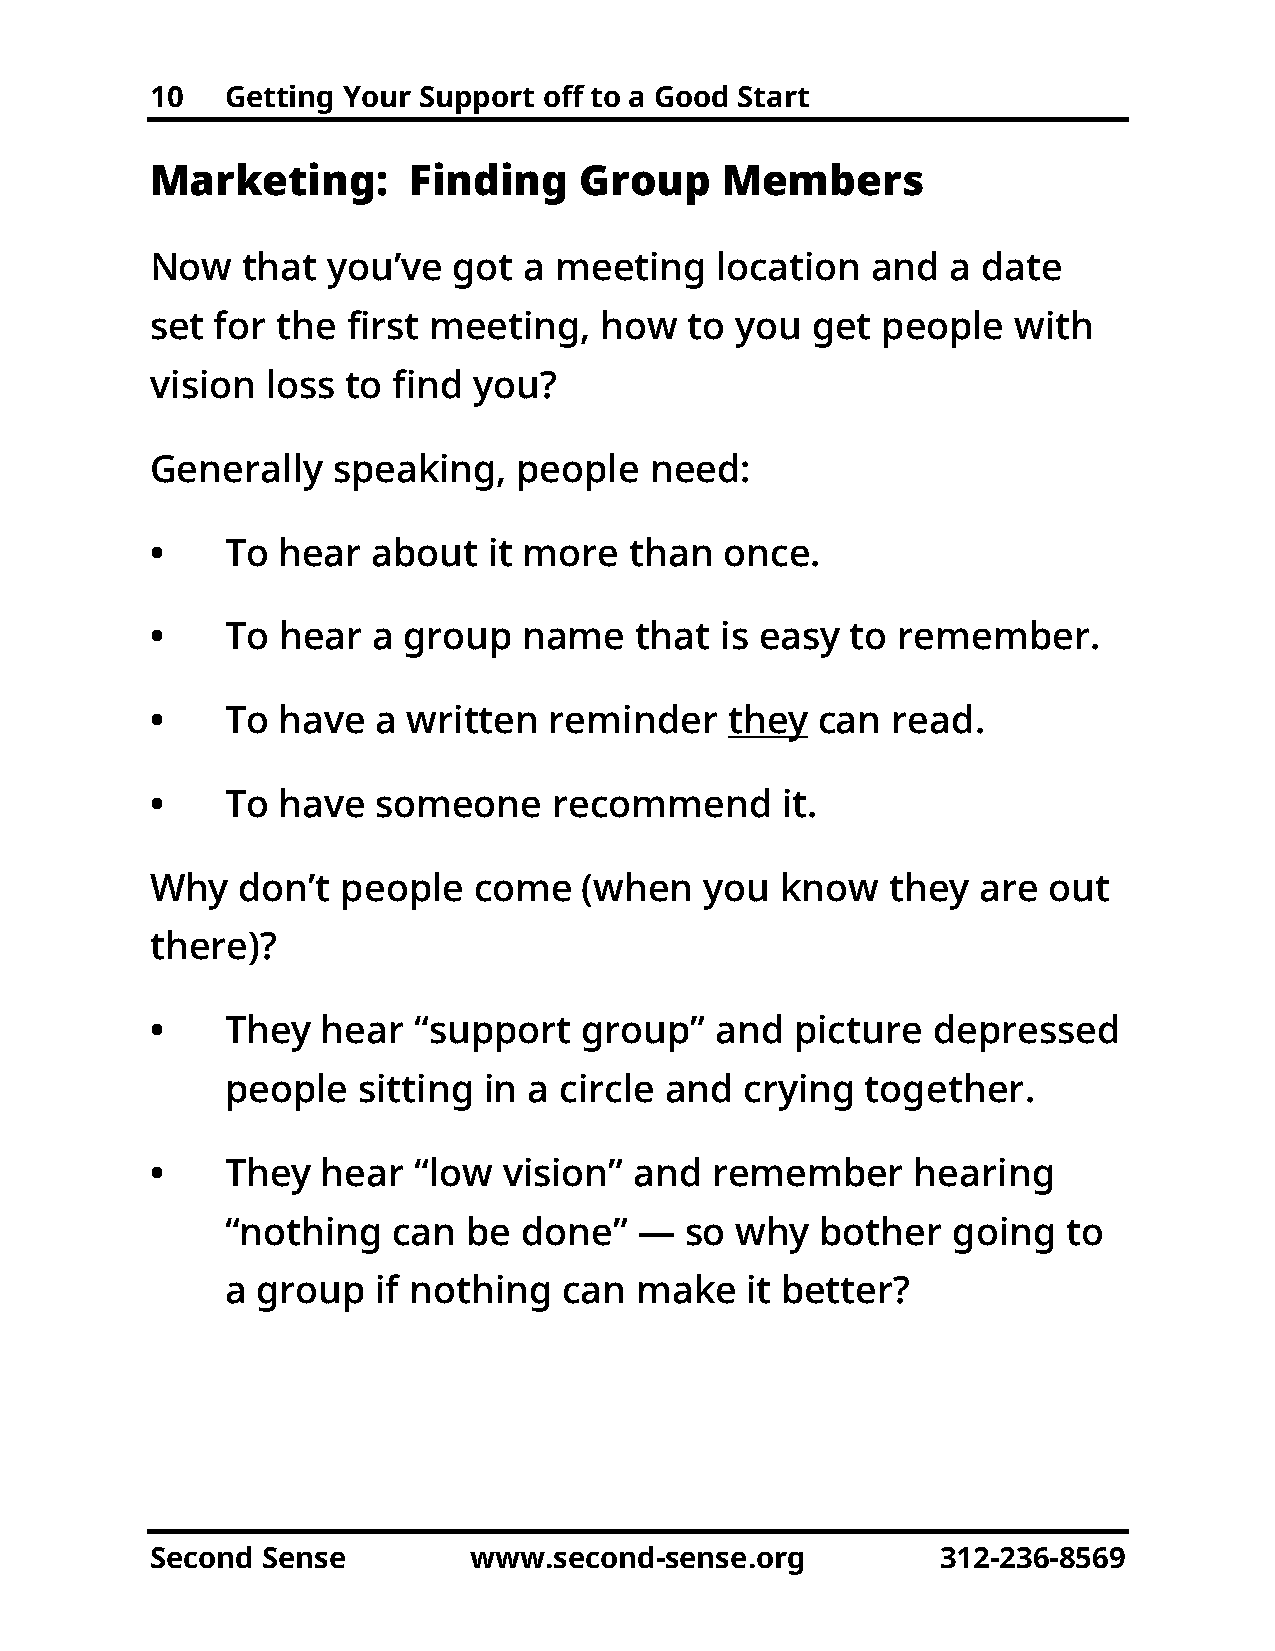
10   Getting Your Support off to a Good Start
 Marketing:       Finding    Group     Members
 Now   that  you’ve  got  a meeting   location   and  a date
 set for the  first meeting,   how   to you  get people   with
 vision  loss to find you?
 Generally   speaking,   people   need:
 •    To hear   about  it more   than  once.
 •    To hear   a group   name   that  is easy to remember.
 •    To have   a written  reminder    they  can  read.
 •    To have   someone     recommend      it.
 Why   don’t  people  come    (when   you  know   they  are out
 there)?
 •    They  hear  “support    group”  and   picture  depressed
 people   sitting in a circle and  crying  together.
 •    They  hear  “low  vision”  and  remember      hearing
 “nothing   can  be  done”  —  so  why  bother   going   to
 a group   if nothing  can  make   it better?
 Second Sense         www.second-sense.org           312-236-8569